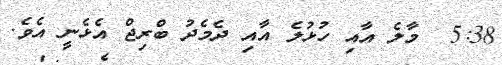
5:38  މާލެ އާއި ހުޅުލެ އާއި ދެމެދު ބްރިޖް އެޅެނީ އެވެ.